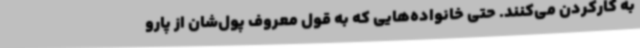
به کارکردن می‌کنند. حتی خانواده‌هایی که به قول معروف پول‌شان از پارو